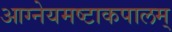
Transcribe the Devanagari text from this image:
आग्नेयमष्टाकपालम्